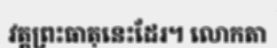
វត្តព្រះធាតុនេះដែរ។ លោកតា